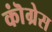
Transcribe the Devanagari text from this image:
कॊंग्रेस